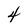
Character: 4